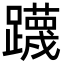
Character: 𮜤